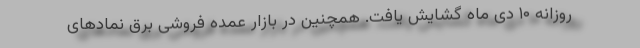
روزانه ۱۰ دی ماه گشایش یافت. همچنین در بازار عمده فروشی برق نمادهای